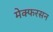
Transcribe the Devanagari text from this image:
मेक्फरसन